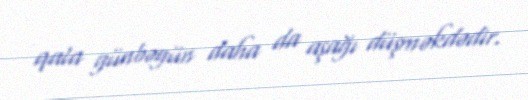
qala günbəgün daha da aşağı düşməkdədir.